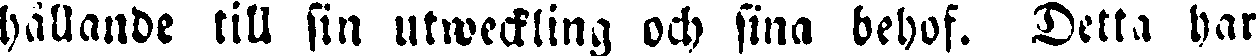
hållande till sin utweckling och sina behof. Detta har